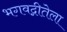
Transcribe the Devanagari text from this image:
भगवद्गीतेला